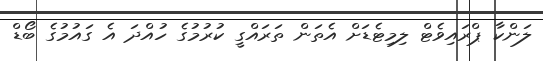
ލަންކާ ޕްރައިވެޓް ލިމިޓެޑަށް އެތަން ތަރައްގީ ކުރުމުގެ ހުއްދަ އެ ގައުމުގެ ބޯޑް